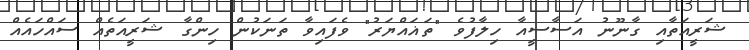
ޝަރީއަތާއި ގާނޫނު އަސާސީއާ ހިލާފުވެ "ތަޣައްޔަރު" ވެފައިވާ ތަނަކުން ހިންގާ ޝަރީއަތެއް ސައްހައެއް